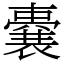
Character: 嚢